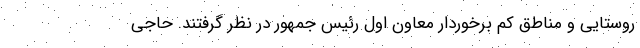
روستایی و مناطق کم برخوردار معاون اول رئیس جمهور در نظر گرفتند. حاجی